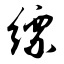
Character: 缥